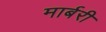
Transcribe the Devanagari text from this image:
मार्बरी